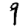
Digit: 9